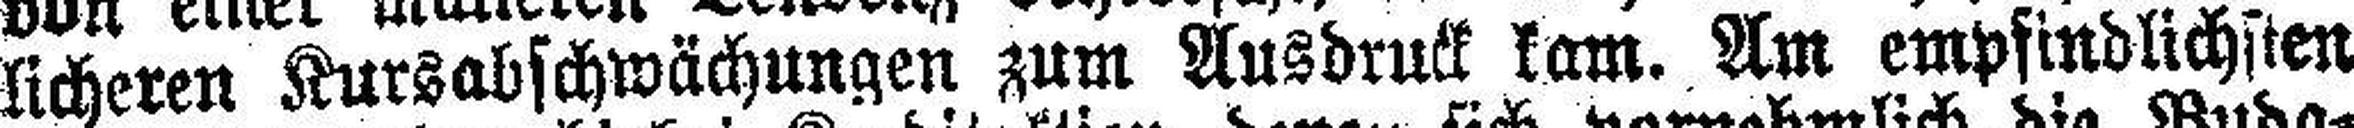
licheren Kursabschwächungen zum Ausdruck kam. Am empfindlichsten